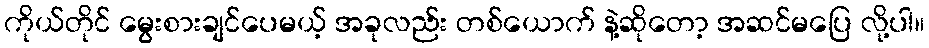
ကိုယ်တိုင် မွေးစားချင်ပေမယ့် အခုလည်း တစ်ယောက် နဲ့ဆိုတော့ အဆင်မပြေ လို့ပါ။